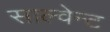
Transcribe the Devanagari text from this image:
साल्वेन्ट